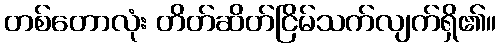
တစ်တောလုံး တိတ်ဆိတ်ငြိမ်သက်လျက်ရှိ၏။